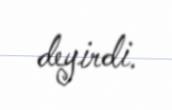
deyirdi.